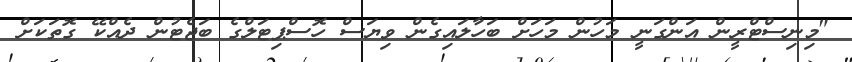
"މިނިސްޓްރީން އަންގަނީ މަހުން މަހަށް ބަހާލައިގެން ވިޔަސް ހޮސްޕިޓަލްގެ ބަޖެޓުން ދެއްކޭ ގޮތަކަށް